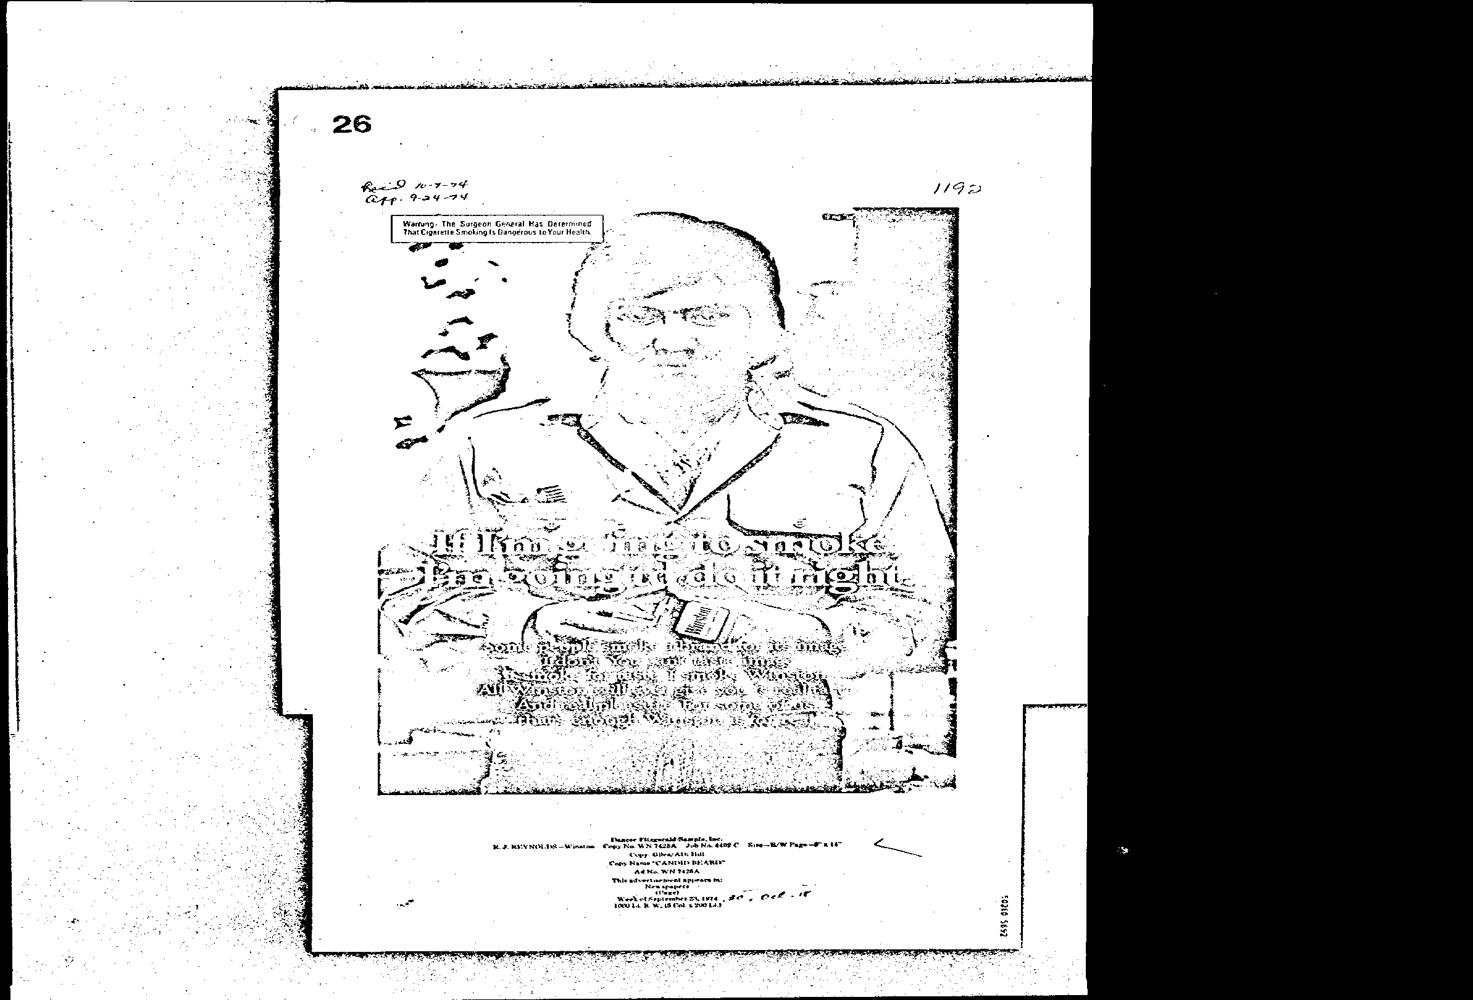
Rac pe-7-74
 gp. Fae 7
 Wareng: The Surgeon General Has Determned
 ‘That Cegarette Smoking Fs Dangerous te Your Healt, |
 2595 000s